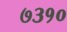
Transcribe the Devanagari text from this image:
७३१०